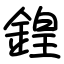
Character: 鍠